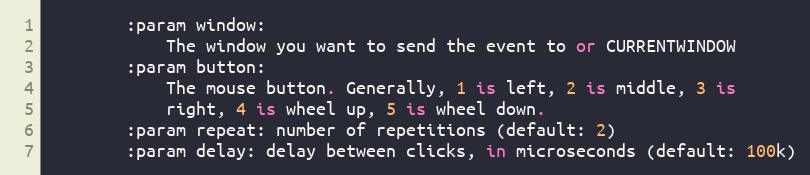
Language: Python
        :param window:
            The window you want to send the event to or CURRENTWINDOW
        :param button:
            The mouse button. Generally, 1 is left, 2 is middle, 3 is
            right, 4 is wheel up, 5 is wheel down.
        :param repeat: number of repetitions (default: 2)
        :param delay: delay between clicks, in microseconds (default: 100k)